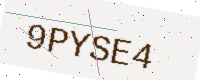
Text: 9PYSE4